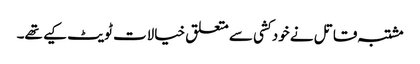
مشتبہ قاتل نے خود کشی سے متعلق خیالات ٹویٹ کیے تھے۔